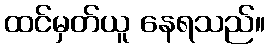
ထင်မှတ်ယူ နေရသည်။